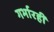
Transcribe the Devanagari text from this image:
गर्भारही